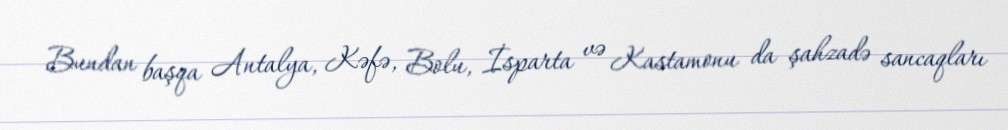
Bundan başqa Antalya, Kəfə, Bolu, İsparta və Kastamonu da şahzadə sancaqları